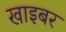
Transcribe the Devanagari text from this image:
खाइबर